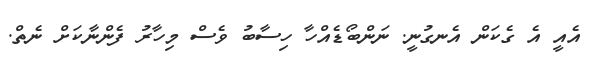
އެއީ އެ ގެކަން އެނގުނީ. ނަންބޯޑެއްހާ ހިސާބު ވެސް މިހާރު ފެންނާކަށް ނެތް.